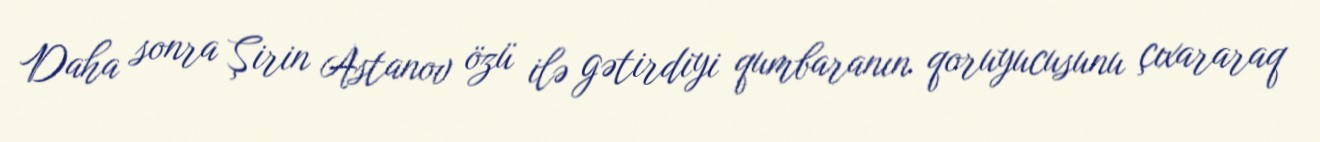
Daha sonra Şirin Astanov özü ilə gətirdiyi qumbaranın qoruyucusunu çıxararaq